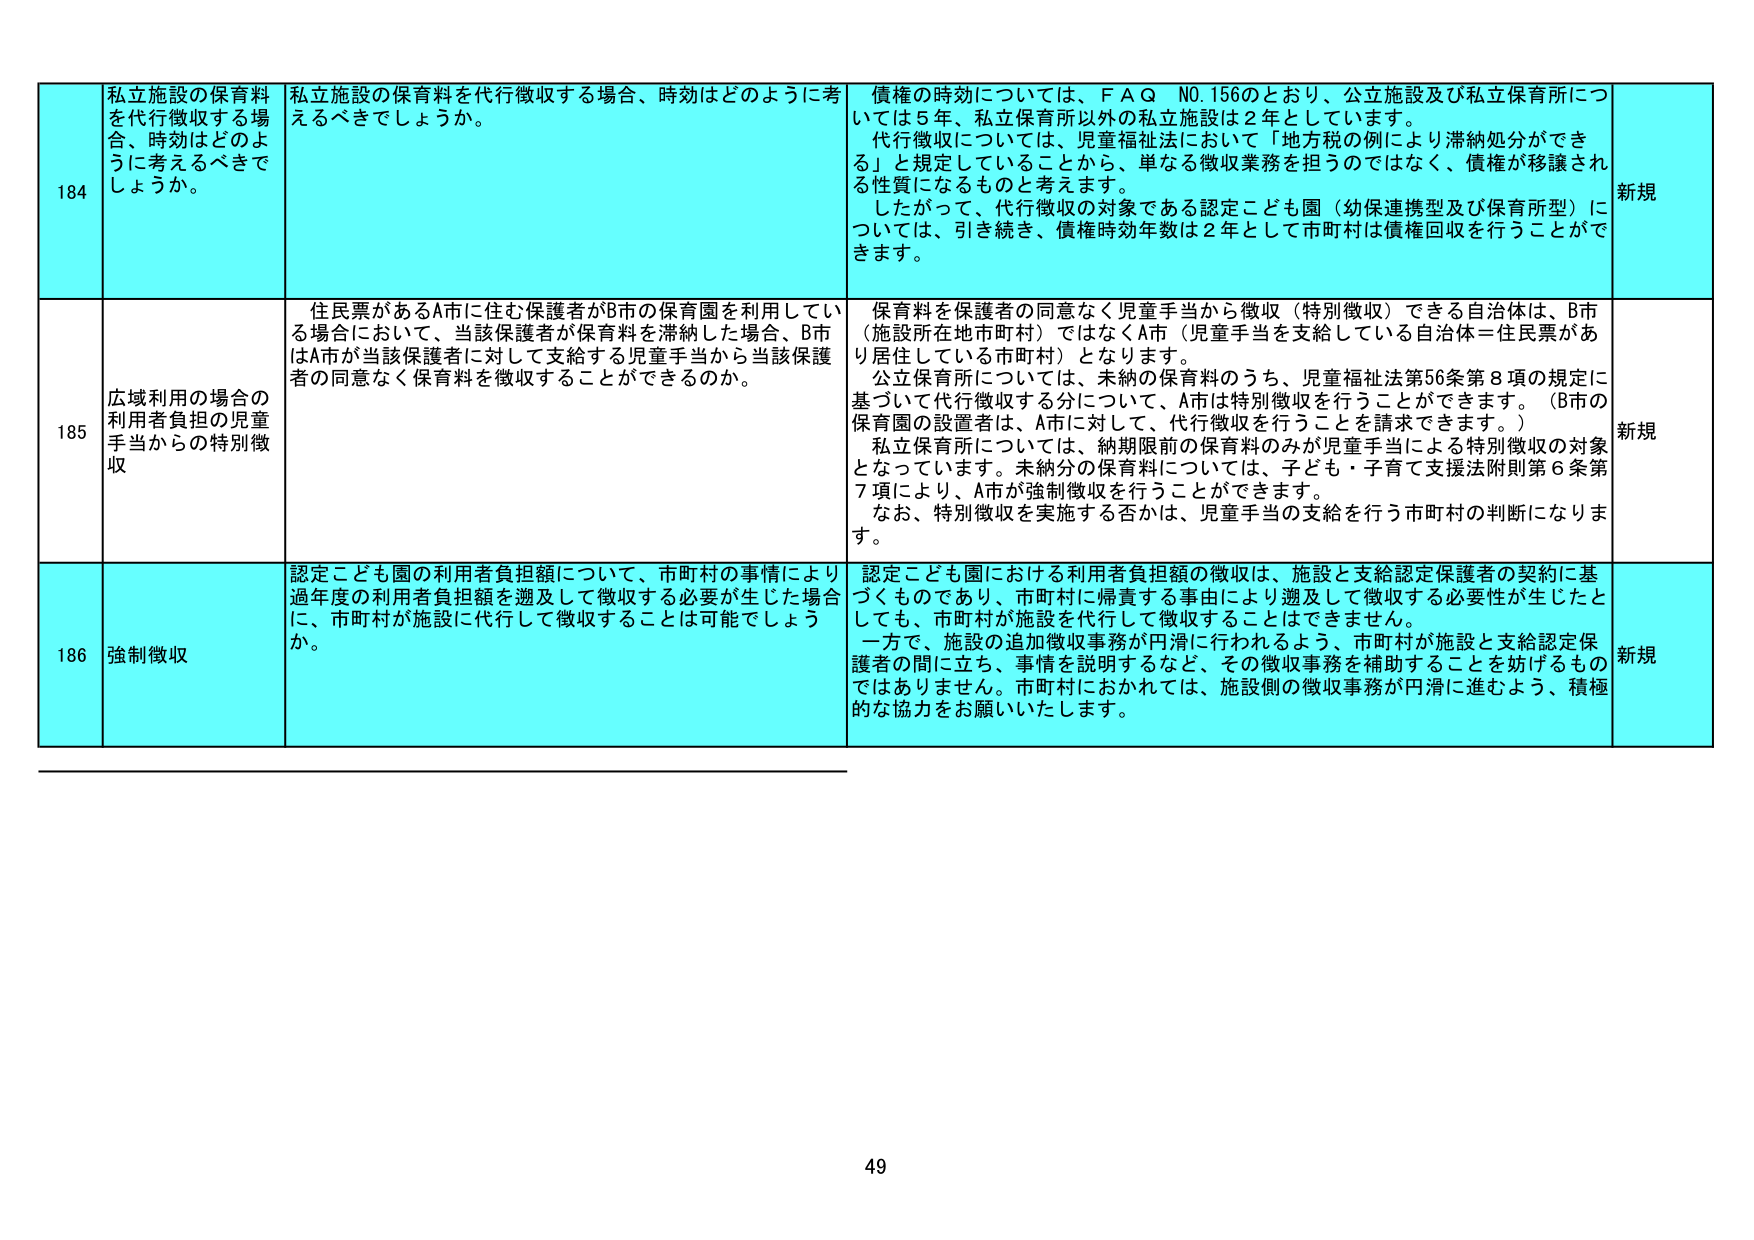
184 私立施設の保育料を代行徴収する場合、時効はどのように考えるべきでしょうか。
私立施設の保育料を代行徴収する場合、時効はどのように考えるべきでしょうか。
債権の時効については、FAQ NO.156のとおり、公立施設及び私立保育所については5年、私立保育所以外の私立施設は2年としています。
代行徴収については、児童福祉法において「地方税の例により滞納処分ができる」と規定していることから、単なる徴収業務を担うのではなく、債権が移譲される性質になるものと考えます。
したがって、代行徴収の対象である認定こども園（幼保連携型及び保育所型）については、引き続き、債権時効年数は2年として市町村は債権回収を行うことができます。
新規

185 広域利用の場合の利用者負担の児童手当からの特別徴収
住民票があるA市に住む保護者がB市の保育園を利用している場合において、当該保護者が保育料を滞納した場合、B市はA市が当該保護者に対して支給する児童手当から当該保護者の同意なく保育料を徴収することができるのか。
保育料を保護者の同意なく児童手当から徴収（特別徴収）できる自治体は、B市（施設所在地市町村）ではなくA市（児童手当を支給している自治体＝住民票があり居住している市町村）となります。
公立保育所については、未納の保育料のうち、児童福祉法第56条第8項の規定に基づいて代行徴収する分について、A市は特別徴収を行うことができます。（B市の保育園の設置者は、A市に対して、代行徴収を行うことを請求できます。）
私立保育所については、納期限前の保育料のみが児童手当による特別徴収の対象となっています。未納分の保育料については、子ども・子育て支援法附則第6条第7項により、A市が強制徴収を行うことができます。
なお、特別徴収を実施する否かは、児童手当の支給を行う市町村の判断になります。
新規

186 強制徴収
認定こども園の利用者負担額について、市町村の事情により過年度の利用者負担額を遡及して徴収する必要が生じた場合に、市町村が施設に代行して徴収することは可能でしょうか。
認定こども園における利用者負担額の徴収は、施設と支給認定保護者の契約に基づくものであり、市町村に帰責する事由により遡及して徴収する必要性が生じたとしても、市町村が施設を代行して徴収することはできません。
一方で、施設の追加徴収事務が円滑に行われるよう、市町村が施設と支給認定保護者の間に立ち、事情を説明するなど、その徴収事務を補助することを妨げるものではありません。市町村におかれては、施設側の徴収事務が円滑に進むよう、積極的な協力をお願いいたします。
新規

49